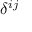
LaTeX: \delta ^ { i j }